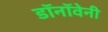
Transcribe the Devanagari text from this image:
डॉनॉवेनी